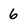
Character: 6